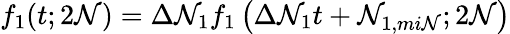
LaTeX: f_{1}(t;2\mathcal{N})=\Delta\mathcal{N}_{1}f_{1}\left(\Delta\mathcal{N}_{1}t+\mathcal{N}_{1,mi\mathcal{N}};2\mathcal{N}\right)